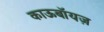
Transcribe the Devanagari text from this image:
काऊबॉयज़